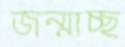
জন্মাচ্ছ